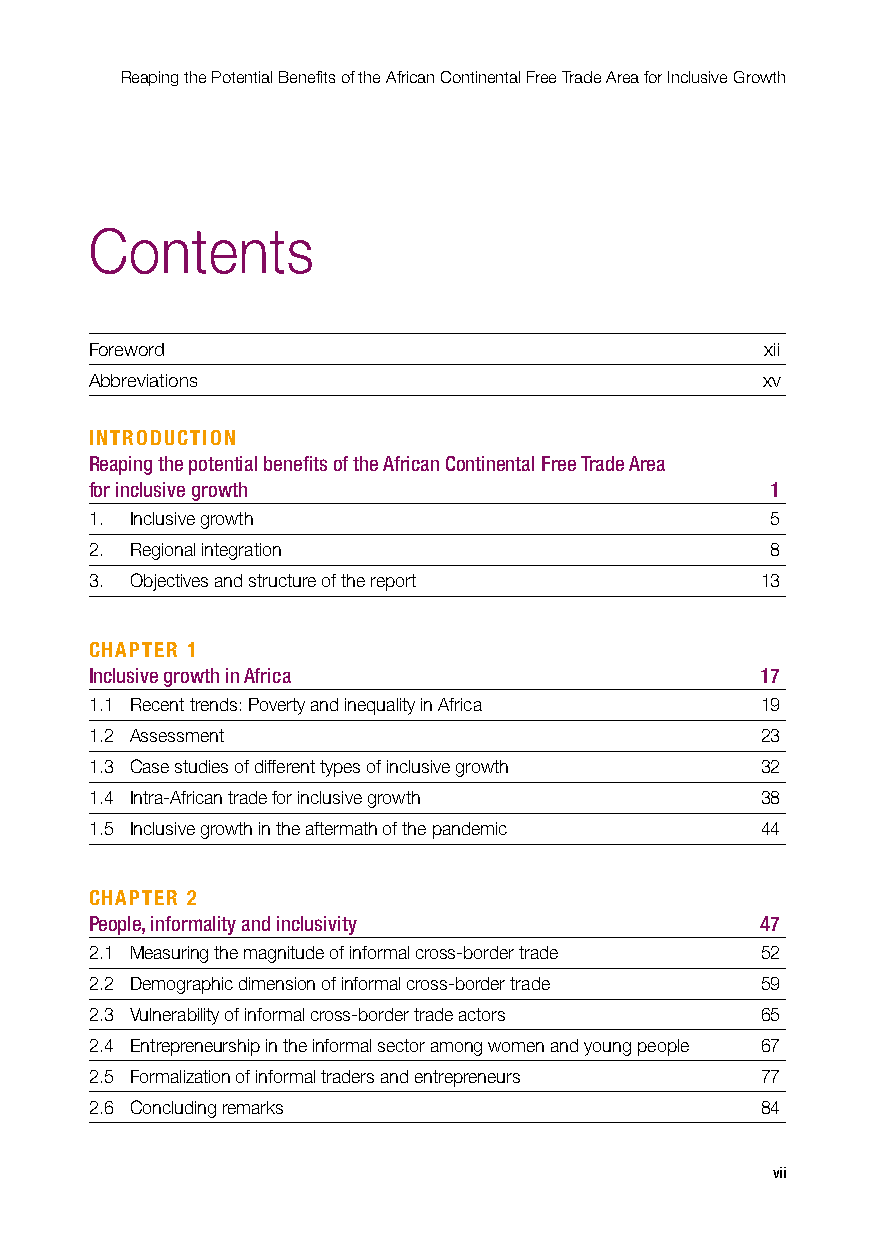
Reaping the Potential Benefits of the African Continental Free Trade Area for Inclusive Growth
 Contents
 Foreword                                     xii
 Abbreviations                               xv
 INTRODUCTION
 Reaping the potential benefits of the African Continental Free Trade Area
 for inclusive growth                         1
 1. Inclusive growth                          5
 2. Regional integration                      8
 3. Objectives and structure of the report   13
 CHAPTER 1
 Inclusive growth in Africa                  17
 1.1 Recent trends: Poverty and inequality in Africa 19
 1.2 Assessment                              23
 1.3 Case studies of different types of inclusive growth 32
 1.4 Intra-African trade for inclusive growth 38
 1.5 Inclusive growth in the aftermath of the pandemic 44
 CHAPTER 2
 People, informality and inclusivity         47
 2.1 Measuring the magnitude of informal cross-border trade 52
 2.2 Demographic dimension of informal cross-border trade 59
 2.3 Vulnerability of informal cross-border trade actors 65
 2.4 Entrepreneurship in the informal sector among women and young people 67
 2.5 Formalization of informal traders and entrepreneurs 77
 2.6 Concluding remarks                      84
 vii